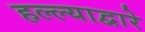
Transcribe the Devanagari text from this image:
हल्ल्याद्वारे